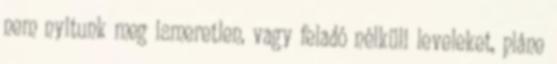
nem nyitunk meg ismeretlen, vagy feladó nélküli leveleket, pláne